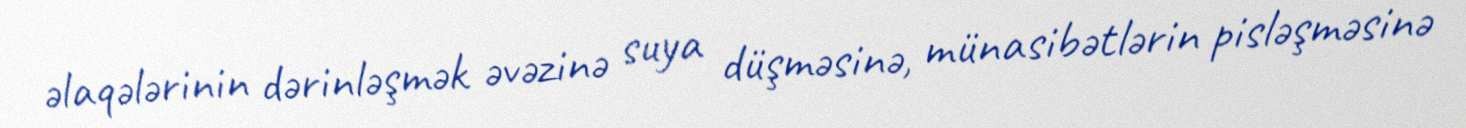
əlaqələrinin dərinləşmək əvəzinə suya düşməsinə, münasibətlərin pisləşməsinə